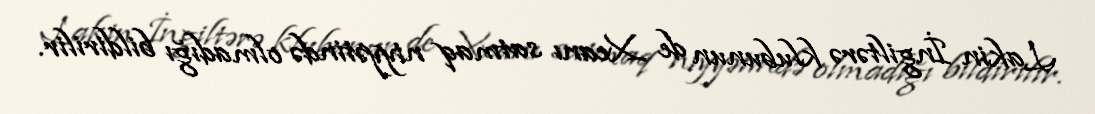
Lakin İngiltərə klubunun de Xeanı satmaq niyyətində olmadığı bildirilir.